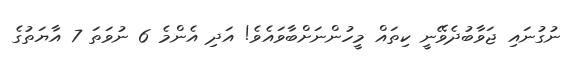
ނުގުނައި ޖަވާބުދެވޭނީ ކިތައް މީހުންނަށްބާވައެވެ! އަދި އެންމެ 6 ނުވަތަ 7 އާޔަތުގެ